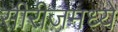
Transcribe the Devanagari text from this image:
सीरीजमध्ये